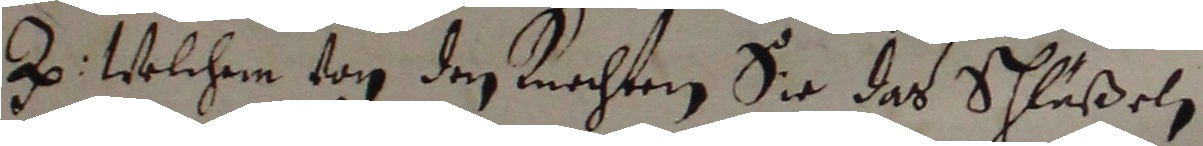
z. welchem tag den knechten sie das schlüßel